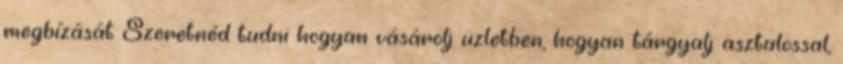
megbízását Szeretnéd tudni hogyan vásárolj üzletben, hogyan tárgyalj asztalossal,